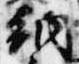
納